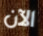
الآن